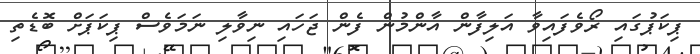
ޕިކަޕުގައި ރޯވެފައިވާ އަލިފާން އާންމުން ފެން ޖަހައި ނިވާލި ނަމަވެސް ޕިކަޕަށް ބޮޑެތި